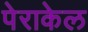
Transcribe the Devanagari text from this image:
पेराकेल